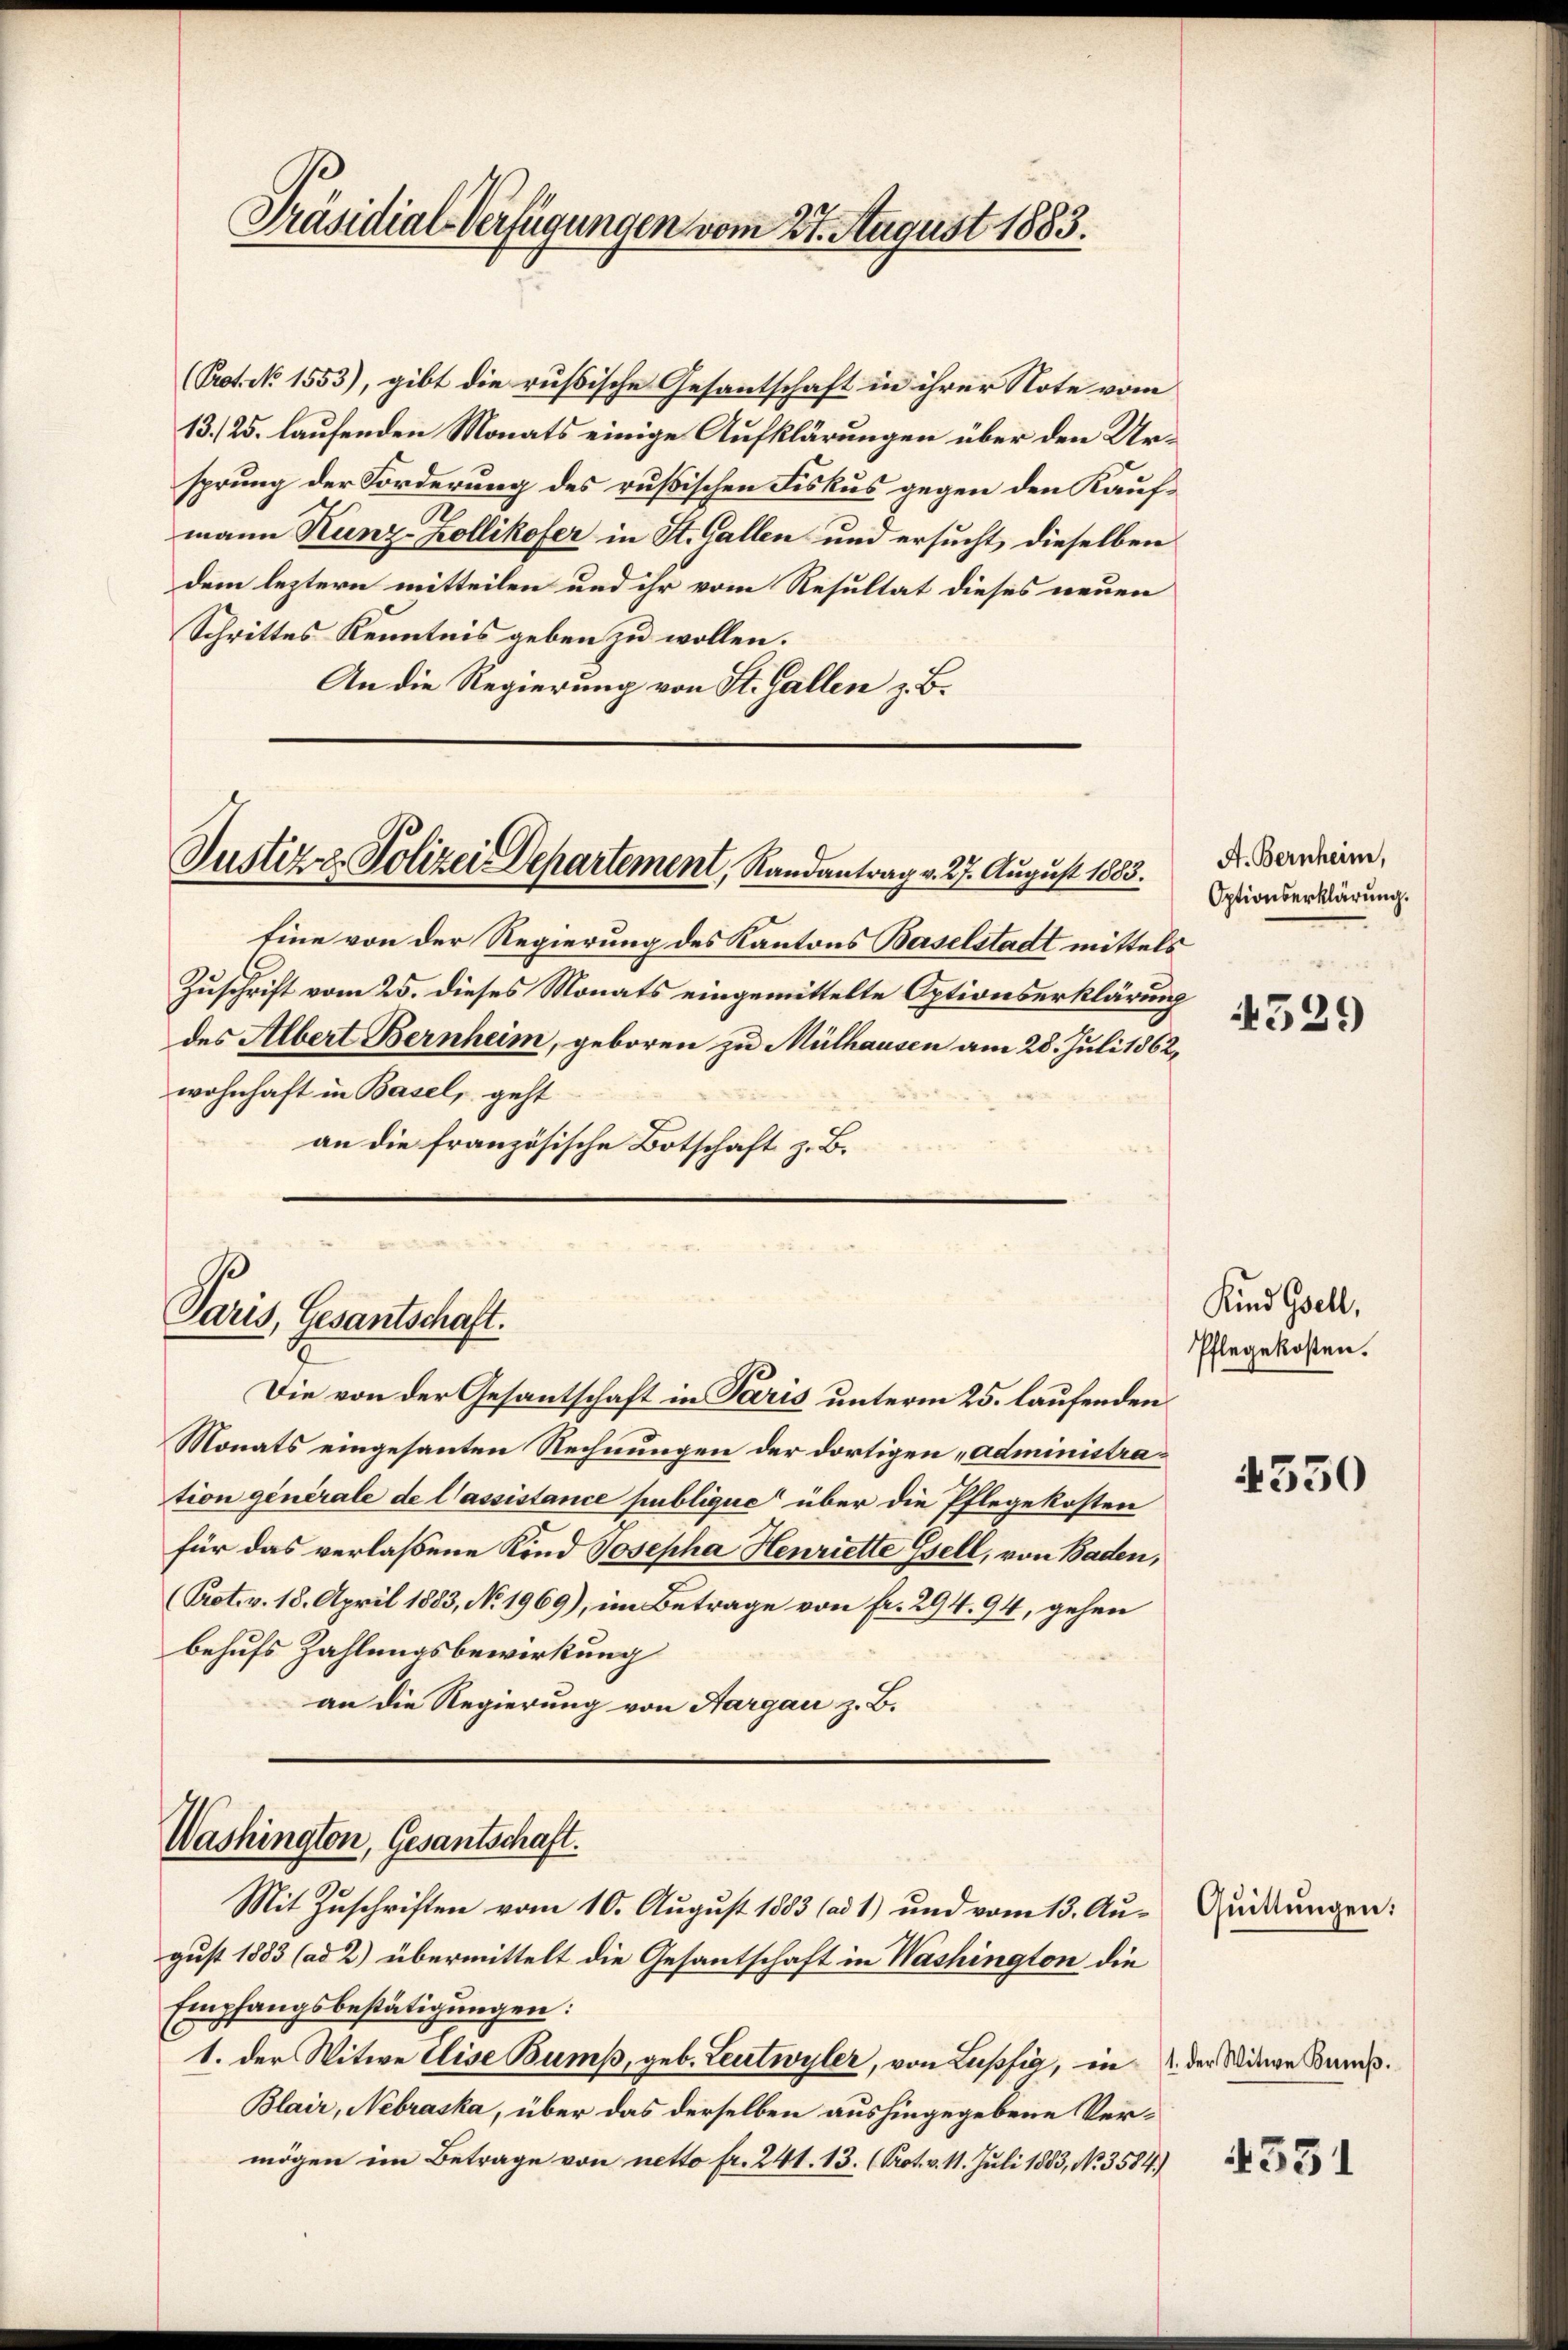
Präsidial-Verfügungen vom 27. August 1883.

(Prot. No 1553), gibt die russische Gesantschaft in ihrer Note vom
13./25. laufenden Monats einige Aufklärungen über den Ursprung der Forderung des russischen Fiskus gegen den Kaufmann Kunz-Zollikofer in St. Gallen und ersucht, dieselben
dem leztern mitteilen und ihr vom Resultat dieses neuen
Schrittes Kenntnis geben zu wollen.
An die Regierung von St. Gallen z. B.

Eine von der Regierung des Kantons Baselstadt mittels
Zuschrift vom 25. dieses Monats eingemittelte Optionserklärung
des Albert Bernheim, geboren zu Mülhausen am 28. Juli 1862,
wohnhaft in Basel, geht
an die französische Botschaft z. B.

Justiz & Polizei Departement, Randantrag v. 27. August 1883.

Paris, Gesantschaft.

Die von der Gesantschaft in Paris unterm 25. laufenden
Monats eingesanten Rechnungen der dortigen „administration generale de l’assistance publique“ über die Pflegekosten
für das verlaßene Kind Josepha Henriette Gsell, von Baden,
(Prot. v. 18. April 1883, No. 1969), im Betrage von fr. 294. 94, gehen
behufs Zahlungsbewirkung
an die Regierung von Hargau z. B.

Washington, Gesantschaft.
Mit Zuschriften vom 10. August 1883 (ad 1) und vom 13. Au¬

gust 1883 (ad 2) übermittelt die Gesantschaft in Washington die
Empfangsbestätigungen:
1. der Witwe Elise Bump, geb. Leutwyler, von Lupfig, in der Wiege uns.
Blair, Nebraska, über das derselben aushingegebene Vermögen im Betrage von netto fr. 241. 13. (Kot. v. 11. Juli 1883, No. 3584.)

A. Bernheim,
Optionserklärung.

4329

Kind Gsell,
Pflegekosten.

4350

Quittungen:

4331